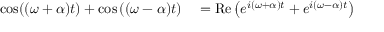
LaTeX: \begin{array} { r l } { \cos ( ( \omega + \alpha ) t ) + \cos \left( ( \omega - \alpha ) t \right) } & { { } = \operatorname { R e } \left( e ^ { i ( \omega + \alpha ) t } + e ^ { i ( \omega - \alpha ) t } \right) } \end{array}